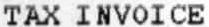
TAX INVOICE